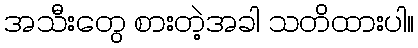
အသီးတွေ စားတဲ့အခါ သတိထားပါ။